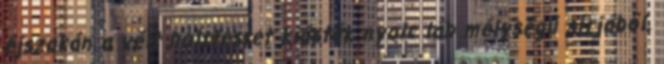
éjszakán a vélt holttestet kiásták nyolc láb mélységű sírjából,